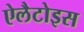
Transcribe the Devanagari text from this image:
ऐलैटोइस